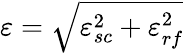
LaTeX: \varepsilon=\sqrt{\varepsilon_{sc}^{2}+\varepsilon_{rf}^{2}}